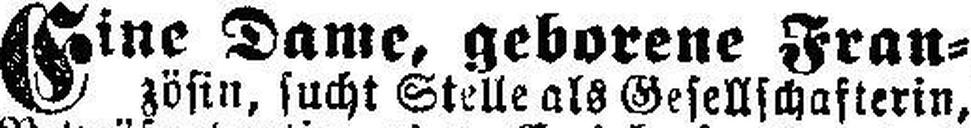
Eine Dame, geborene Fran¬